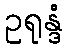
ဥရုန္ဒံ